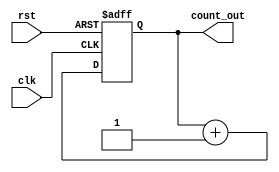
module cascaded_counter (
    input wire clk,
    input wire rst,
    output reg [3:0] count_out
);

reg [3:0] count_stage1, count_stage2, count_stage3, count_stage4;

always @(posedge clk or posedge rst) begin
    if (rst) begin
        count_stage1 <= 4'b0000;
        count_stage2 <= 4'b0000;
        count_stage3 <= 4'b0000;
        count_stage4 <= 4'b0000;
    end else begin
        count_stage1 <= count_stage1 + 1;
        if (count_stage1 == 4'b1000) begin
            count_stage2 <= count_stage2 + 1;
            if (count_stage2 == 4'b1000) begin
                count_stage3 <= count_stage3 + 1;
                if (count_stage3 == 4'b1000) begin
                    count_stage4 <= count_stage4 + 1;
                end
            end
        end
    end
end

assign count_out = {count_stage4, count_stage3, count_stage2, count_stage1};

endmodule